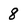
Character: 8